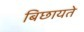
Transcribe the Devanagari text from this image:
बिछायते